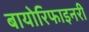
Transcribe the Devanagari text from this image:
बायोरिफाइनरी